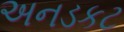
અનડકટ